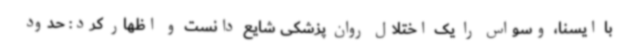
با ایسنا، وسواس را یک اختلال روان پزشکی شایع دانست و اظهار کرد: حدود